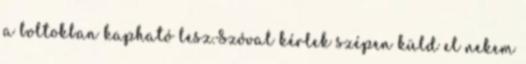
a boltokban kapható lesz.Szóval kérlek szépen küld el nekem